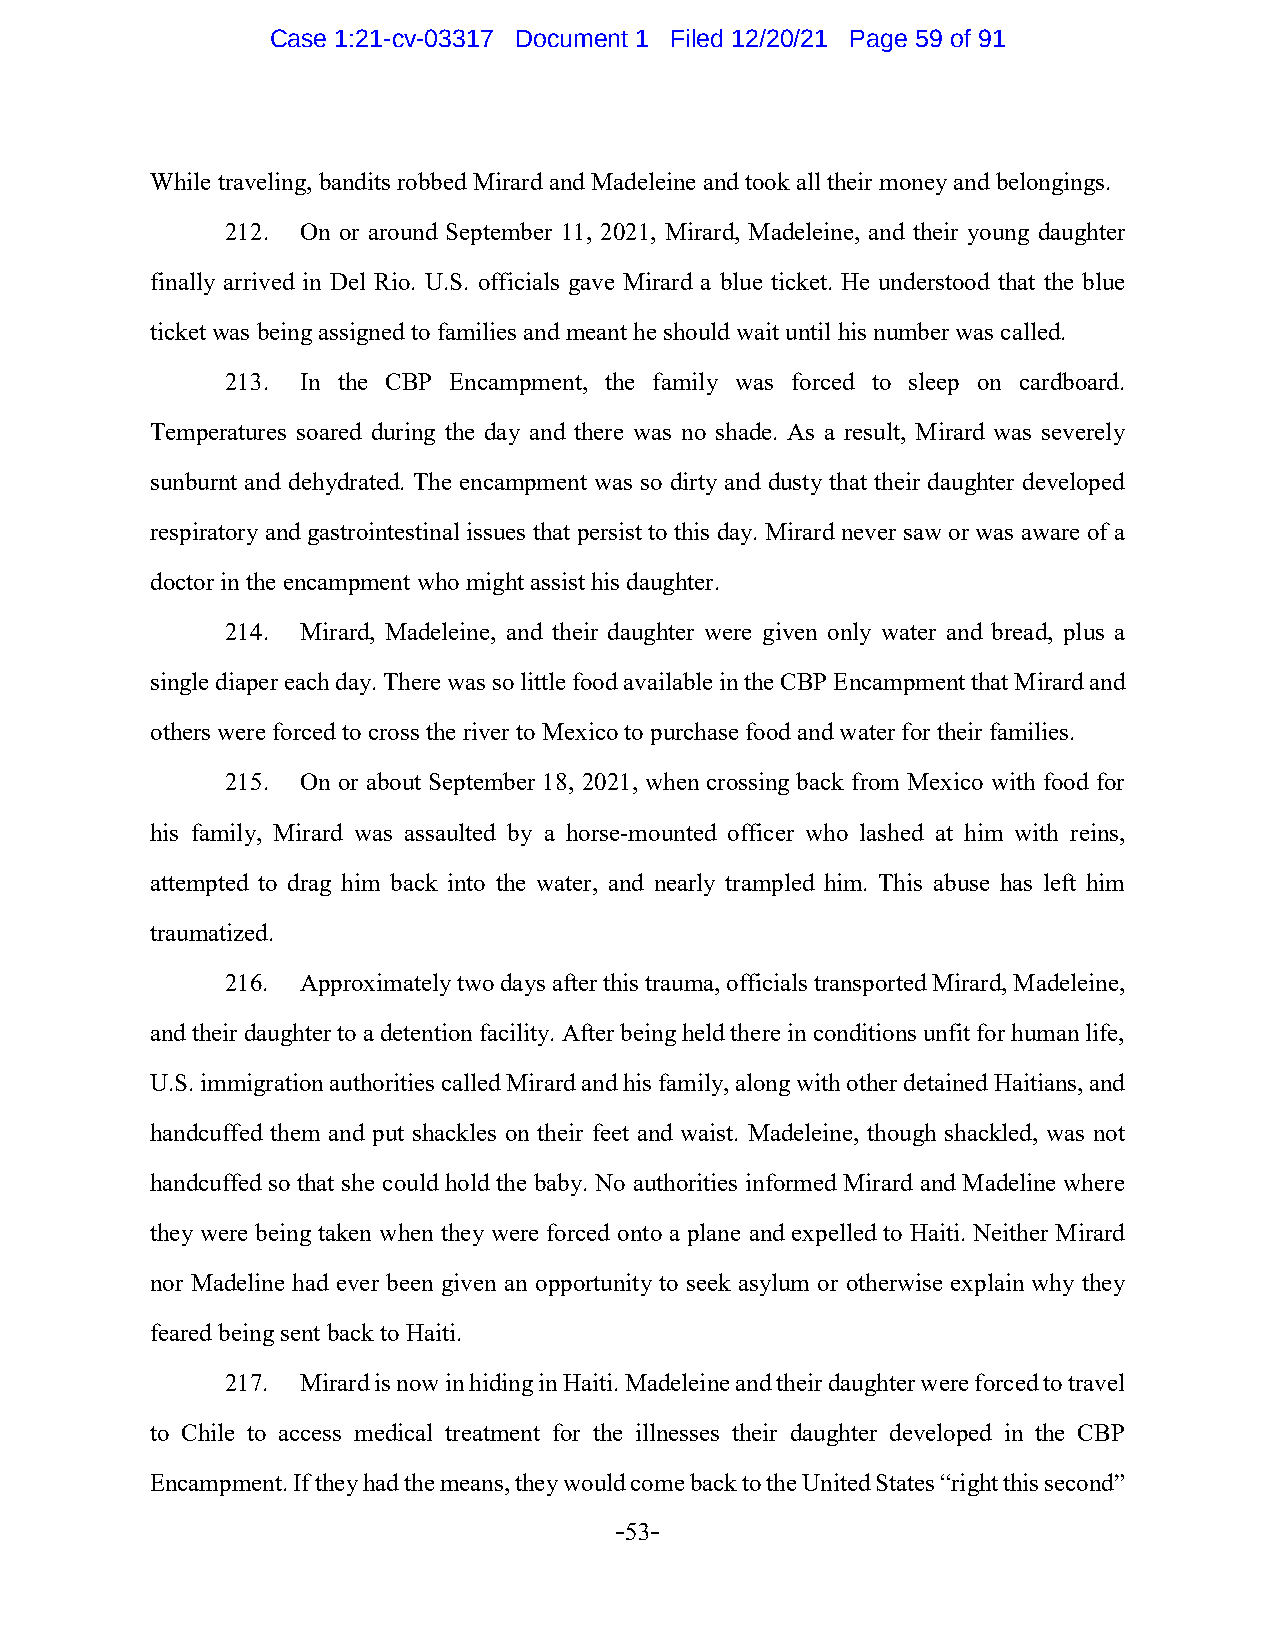
Case 1:21-cv-03317 Document 1 Filed 12/20/21 Page 59 of 91
 While traveling, bandits robbed Mirard and Madeleine and took all their money and belongings.
 212. On or around September 11, 2021, Mirard, Madeleine, and their young daughter
 finally arrived in Del Rio. U.S. officials gave Mirard a blue ticket. He understood that the blue
 ticket was being assigned to families and meant he should wait until his number was called.
 213. In the CBP Encampment, the family was forced to sleep on cardboard.
 Temperatures soared during the day and there was no shade. As a result, Mirard was severely
 sunburnt and dehydrated. The encampment was so dirty and dusty that their daughter developed
 respiratory and gastrointestinal issues that persist to this day. Mirard never saw or was aware of a
 doctor in the encampment who might assist his daughter.
 214. Mirard, Madeleine, and their daughter were given only water and bread, plus a
 single diaper each day. There was so little food available in the CBP Encampment that Mirard and
 others were forced to cross the river to Mexico to purchase food and water for their families.
 215. On or about September 18, 2021, when crossing back from Mexico with food for
 his family, Mirard was assaulted by a horse-mounted officer who lashed at him with reins,
 attempted to drag him back into the water, and nearly trampled him. This abuse has left him
 traumatized.
 216. Approximately two days after this trauma, officials transported Mirard, Madeleine,
 and their daughter to a detention facility. After being held there in conditions unfit for human life,
 U.S. immigration authorities called Mirard and his family, along with other detained Haitians, and
 handcuffed them and put shackles on their feet and waist. Madeleine, though shackled, was not
 handcuffed so that she could hold the baby. No authorities informed Mirard and Madeline where
 they were being taken when they were forced onto a plane and expelled to Haiti. Neither Mirard
 nor Madeline had ever been given an opportunity to seek asylum or otherwise explain why they
 feared being sent back to Haiti.
 217. Mirard is now in hiding in Haiti. Madeleine and their daughter were forced to travel
 to Chile to access medical treatment for the illnesses their daughter developed in the CBP
 Encampment. If they had the means, they would come back to the United States “right this second”
 -53-